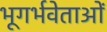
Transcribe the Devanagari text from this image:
भूगर्भवेताओं